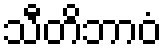
သီတိဘာဝံ